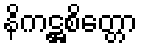
နိကဋ္ဌစိတ္တော